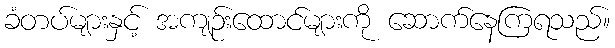
ခံတပ်များနှင့် အကျဉ်းထောင်များကို ဆောက်နေကြရသည်။